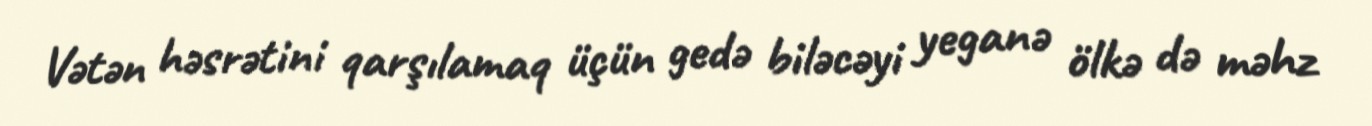
Vətən həsrətini qarşılamaq üçün gedə biləcəyi yeganə ölkə də məhz